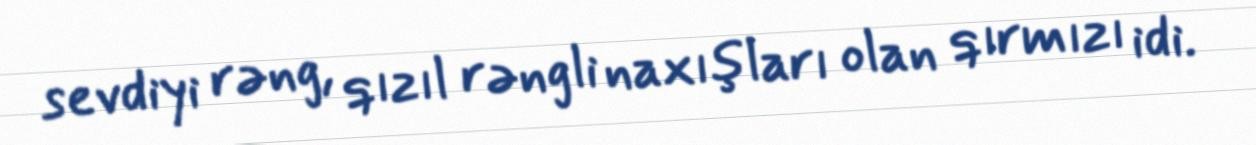
sevdiyi rəng, qızıl rəngli naxışları olan qırmızı idi.